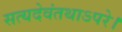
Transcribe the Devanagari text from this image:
सत्यदेवंतथाऽपरे।